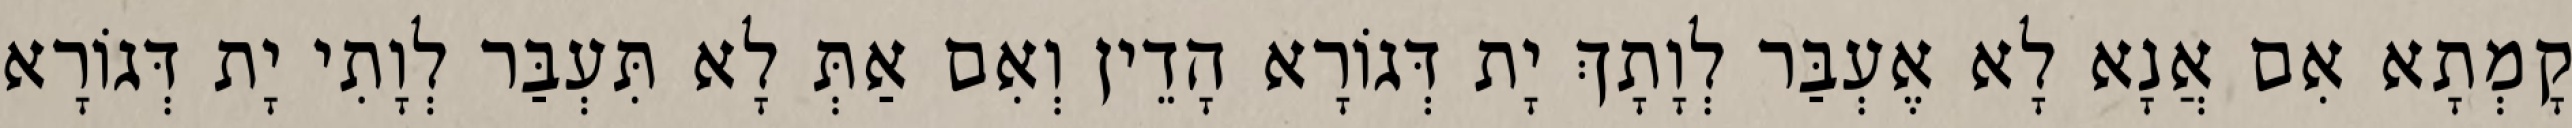
קָמְתָא אִם אֲנָא לָא אֶעְבַּר לְוָתָךְ יָת דְּגוֹרָא הָדֵין וְאִם אַתְּ לָא תִּעְבַּר לְוָתִי יָת דְּגוֹרָא